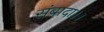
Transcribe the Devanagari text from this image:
संबादा।।